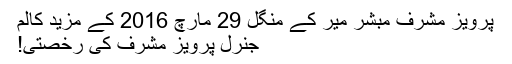
پرویز مشرف مبشر میر کے منگل 29 مارچ 2016 کے مزید کالم
جنرل پرویز مشرف کی رخصتی!